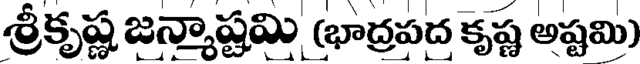
శ్రీకృష్ణ జన్మాష్టమి (భాద్రపద కృష్ణ అష్టమి)